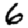
Digit: 6